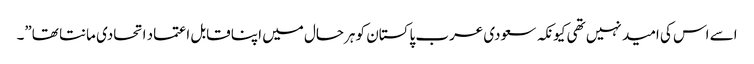
اسے اس کی امید نہیں تھی کیونکہ سعودی عرب پاکستان کو ہرحال میں اپنا قابل اعتماد اتحادی مانتا تھا”۔